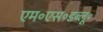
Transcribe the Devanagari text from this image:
एम॰एस॰डब्लू॰